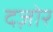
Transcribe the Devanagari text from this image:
दज़ोर